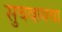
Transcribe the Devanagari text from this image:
सुचवायचा